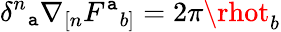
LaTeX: \delta^{n}{}_{\mathtt{a}}\nabla_{[n}F^{\mathtt{a}}{}_{b]}=2\pi\rhot_{b}